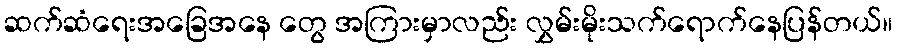
ဆက်ဆံရေးအခြေအနေ တွေ အကြားမှာလည်း လွှမ်းမိုးသက်ရောက်နေပြန်တယ်။